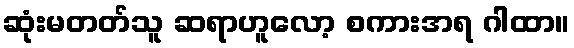
ဆုံးမတတ်သူ ဆရာဟူလော့ စကားအရ ဂါထာ။